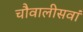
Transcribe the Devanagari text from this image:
चौवालीसवां